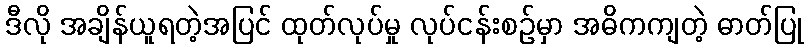
ဒီလို အချိန်ယူရတဲ့အပြင် ထုတ်လုပ်မှု လုပ်ငန်းစဉ်မှာ အဓိကကျတဲ့ ဓာတ်ပြု